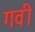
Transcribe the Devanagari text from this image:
गवी